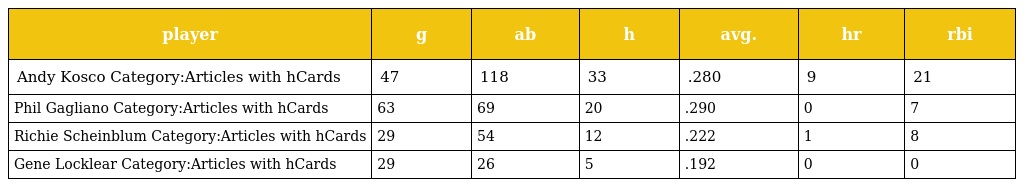
| player | g | ab | h | avg. | hr | rbi |
 | --- | --- | --- | --- | --- | --- | --- |
 | Andy Kosco Category:Articles with hCards | 47 | 118 | 33 | .280 | 9 | 21 |
 | Phil Gagliano Category:Articles with hCards | 63 | 69 | 20 | .290 | 0 | 7 |
 | Richie Scheinblum Category:Articles with hCards | 29 | 54 | 12 | .222 | 1 | 8 |
 | Gene Locklear Category:Articles with hCards | 29 | 26 | 5 | .192 | 0 | 0 |